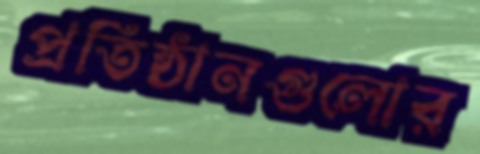
প্রতিষ্ঠানগুলোর